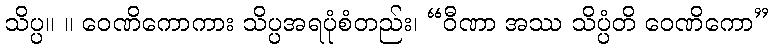
သိပ္ပ။ ။ ဝေဏိကောကား သိပ္ပအရပုံစံတည်း၊ “ဝီဏာ အဿ သိပ္ပံတိ ဝေဏိကော”